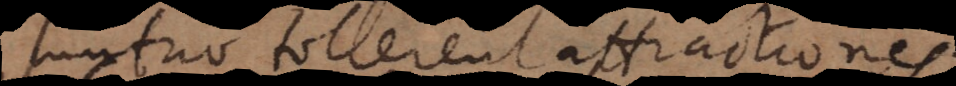
mutuo tollerent attractiones.